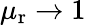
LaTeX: \mu_{\mathrm{r}}\rightarrow 1